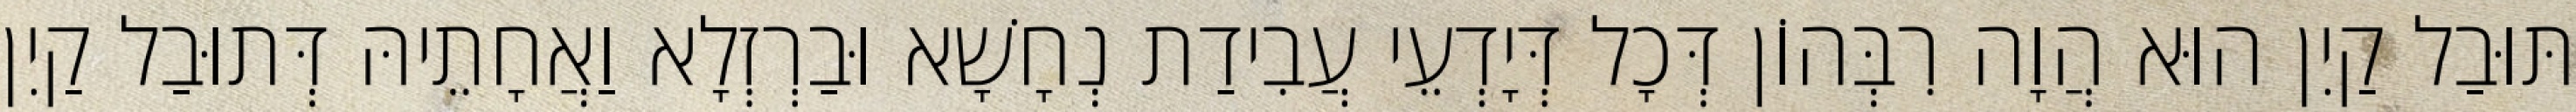
תּוּבַל קַיִן הוּא הֲוָה רִבְּהוֹן דְּכָל דְּיָדְעֵי עֲבִידַת נְחָשָׁא וּבַרְזְלָא וַאֲחָתֵיהּ דְּתוּבַל קַיִן